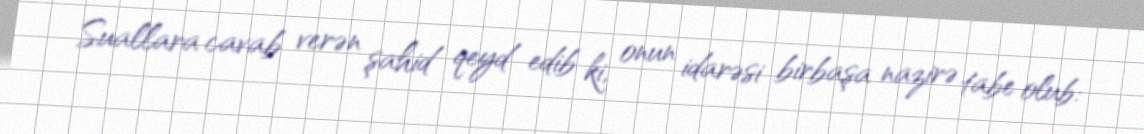
Suallara cavab verən şahid qeyd edib ki, onun idarəsi birbaşa nazirə tabe olub: